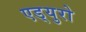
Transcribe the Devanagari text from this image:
एड्‌युरो